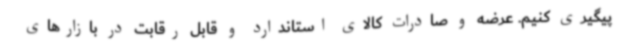
پیگیری کنیم. عرضه و صادرات کالای استاندارد و قابل رقابت در بازارهای